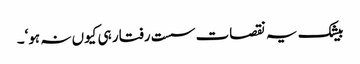
بیشک یہ نقصات سست رفتار ہی کیوں نہ ہو‘۔